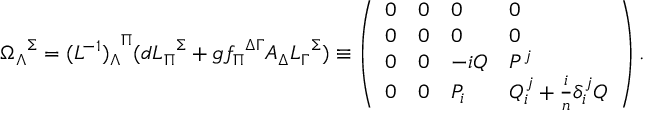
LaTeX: { \Omega _ { \Lambda } } ^ { \Sigma } = { ( L ^ { - 1 } ) _ { \Lambda } } ^ { \Pi } ( d { L _ { \Pi } } ^ { \Sigma } + g { f _ { \Pi } } ^ { \Delta \Gamma } A _ { \Delta } { L _ { \Gamma } } ^ { \Sigma } ) \equiv \left( \begin{array} { l l l l } { { 0 } } & { { 0 } } & { { 0 } } & { { 0 } } \\ { { 0 } } & { { 0 } } & { { 0 } } & { { 0 } } \\ { { 0 } } & { { 0 } } & { { - i Q } } & { { P ^ { j } } } \\ { { 0 } } & { { 0 } } & { { P _ { i } } } & { { Q _ { i } ^ { j } + { \frac { i } { n } } \delta _ { i } ^ { j } Q } } \end{array} \right) .